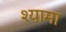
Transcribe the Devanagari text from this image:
श्‍यामा